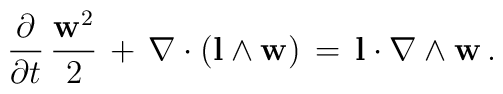
\frac{\partial}{\partial t}\, \frac{{\bf w}^{2}}{2}\, +\, \nabla \cdot ({\bf l}\wedge {\bf w})\, =\, {\bf l} \cdot \nabla \wedge {\bf w}\, .